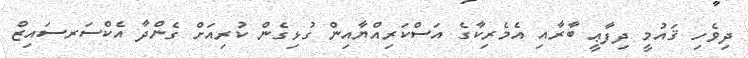
ދިވެހި ޤައުމީ ދިފާޢީ ބާރާއި އެމެރިކާގެ އަސްކަރިއްޔާއިން ގުޅިގެން ކުރިއަށް ގެންދާ އެކްސަރސައިޒް